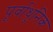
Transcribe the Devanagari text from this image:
पूर्वाधुनिक